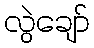
လွဲချော်